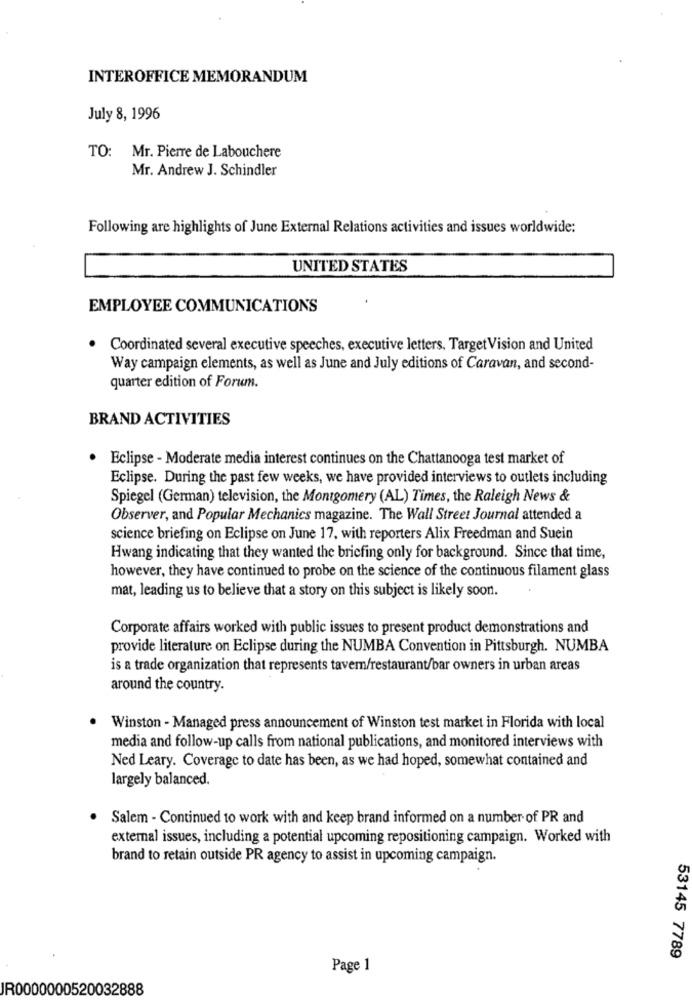
INTEROFFICE MEMORANDUM
July 8, 1996
TO: Mr. Pierre de Labouchere
Mr. Andrew J. Schindler
Following are highlights of June External Relations activities and issues worldwide:
UNITED STATES
EMPLOYEE COMMUNICATIONS
Coordinated several executive speeches, executive letters, TargetVision and United
Way campaign elements, as well as June and July editions of Caravan, and second-
quarter edition of Forum.
BRAND ACTIVITIES
· Eclipse - Moderate media interest continues on the Chattanooga test market of
Eclipse. During the past few weeks, we have provided interviews to outlets including
Spiegel (German) television, the Montgomery (AL) Times, the Raleigh News &
Observer, and Popular Mechanics magazine. The Wall Street Journal attended a
science briefing on Eclipse on June 17, with reporters Alix Freedman and Suein
Hwang indicating that they wanted the briefing only for background. Since that time,
however, they have continued to probe on the science of the continuous filament glass
mat, leading us to believe that a story on this subject is likely soon.
Corporate affairs worked with public issues to present product demonstrations and
provide literature on Eclipse during the NUMBA Convention in Pittsburgh. NUMBA
is a trade organization that represents tavem/restaurant/bar owners in urban areas
around the country.
.
Winston - Managed press announcement of Winston test market in Florida with local
media and follow-up calls from national publications, and monitored interviews with
Ned Leary. Coverage to date has been, as we had hoped, somewhat contained and
largely balanced.
Salem - Continued to work with and keep brand informed on a number of PR and
external issues, including a potential upcoming repositioning campaign. Worked with
brand to retain outside PR agency to assist in upcoming campaign.
53145 7789
Page 1
JR0000000520032888